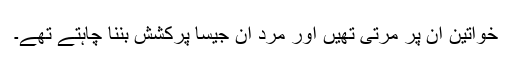
خواتین ان پر مرتی تھیں اور مرد ان جیسا پرکشش بننا چاہتے تھے۔